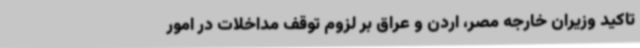
تاکید وزیران خارجه مصر، اردن و عراق بر لزوم توقف مداخلات در امور